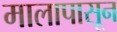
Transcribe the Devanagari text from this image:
मालापासून